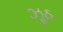
ઝૂઠ